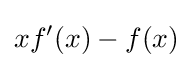
xf'(x)-f(x)